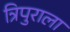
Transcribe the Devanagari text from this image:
त्रिपुराला